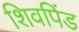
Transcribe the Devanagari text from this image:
शिवपिंड